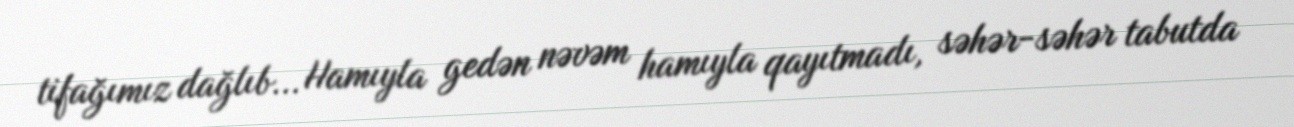
tifağımız dağlıb... Hamıyla gedən nəvəm hamıyla qayıtmadı, səhər-səhər tabutda